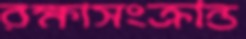
রক্ষাসংক্রান্ত